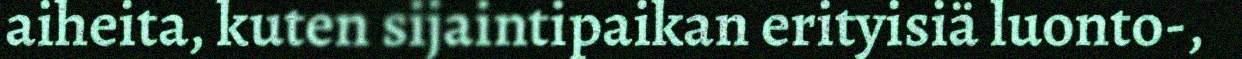
aiheita, kuten sijaintipaikan erityisiä luonto-,